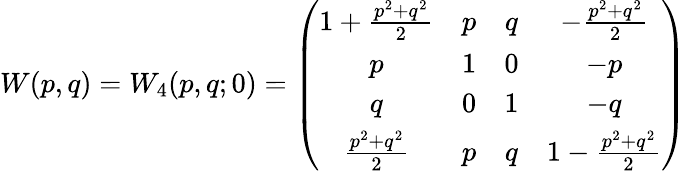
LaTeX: W(p,q)=W_{4}(p,q;0)=\left(\begin{array}{cccc}{{1+\frac{p^{2}+q^{2}}{2}}}&{{p}}&{{q}}&{{-\frac{p^{2}+q^{2}}{2}}}\\ {{p}}&{{1}}&{{0}}&{{-p}}\\ {{q}}&{{0}}&{{1}}&{{-q}}\\ {{\frac{p^{2}+q^{2}}{2}}}&{{p}}&{{q}}&{{1-\frac{p^{2}+q^{2}}{2}}}\end{array}\right)